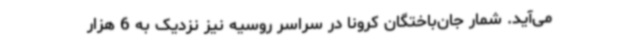
می‌آید. شمار جان‌باختگان کرونا در سراسر روسیه نیز نزدیک به 6 هزار